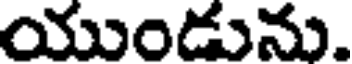
యుండును.